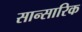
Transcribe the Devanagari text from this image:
सान्सारिक